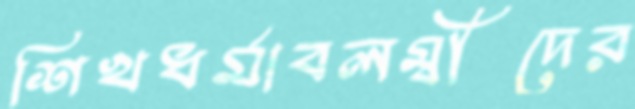
শিখধর্মাবলম্বীদের